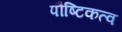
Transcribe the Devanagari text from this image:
पौष्टिकत्व